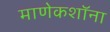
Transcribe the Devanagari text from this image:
माणेकशॉना